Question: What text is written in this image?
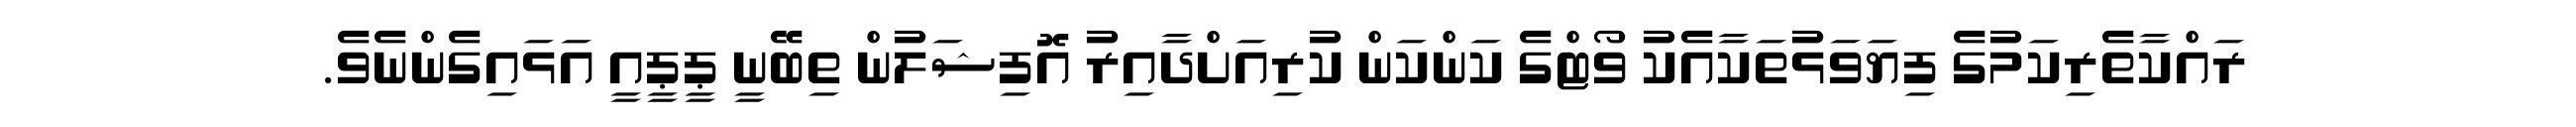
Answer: ރައްކާތެރިކަމުގެ ފިޔަވަޅުތަކާއެކު ވޯޓްގެ ކަންކަން ކުރިއަށްދާއިރު އޮފިޝަލުން ތިބޭނީ ޕީޕީއީ އަޅައިގެންނެވެ.